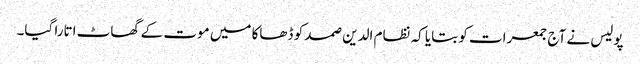
پولیس نے آج جمعرات کو بتایا کہ نظام الدین صمد کو ڈھاکا میں موت کے گھاٹ اتارا گیا۔